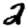
Digit: 2